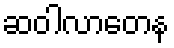
ဆဝါလာတေန